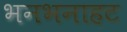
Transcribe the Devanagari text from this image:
भनभनाहट